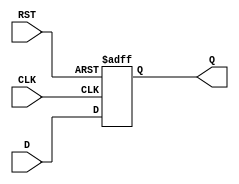
module flip_flop_register #(
    parameter N = 8 // Register width (number of flip-flops, default is 8)
)(
    input  wire [N-1:0] D,    // Data input
    input  wire CLK,           // Clock input
    input  wire RST,           // Reset input (active high)
    output reg  [N-1:0] Q      // Data output
);
    
    // Always block that triggers on the rising edge of the clock or reset
    always @(posedge CLK or posedge RST) begin
        if (RST) begin
            Q <= {N{1'b0}}; // Asynchronous reset, set Q to zero
        end else begin
            Q <= D; // On clock edge, load data D into Q
        end
    end

endmodule